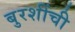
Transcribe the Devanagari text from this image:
बुरशींची